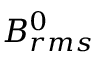
B _ { r m s } ^ { 0 }